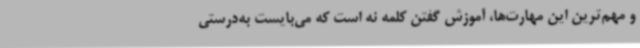
و مهم‌ترین این مهارت‌ها، آموزش گفتن کلمه نه است که می‌بایست به‌درستی